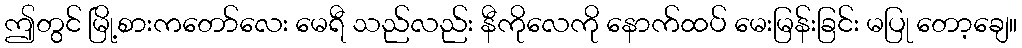
ဤတွင် မြို့စားကတော်လေး မေရီ သည်လည်း နီကိုလေကို နောက်ထပ် မေးမြန်းခြင်း မပြု တော့ချေ။